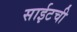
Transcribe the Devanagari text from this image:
साईटची